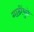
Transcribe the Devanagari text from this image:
गाठींमुळे